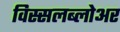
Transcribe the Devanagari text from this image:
विस्सलब्लोअर